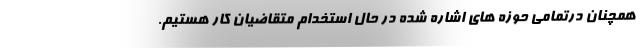
همچنان درتمامی حوزه های اشاره شده در حال استخدام متقاضیان کار هستیم.